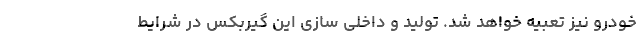
خودرو نیز تعبیه خواهد شد. تولید و داخلی سازی این گیربکس در شرایط